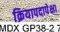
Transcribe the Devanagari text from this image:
क्रियापदापेक्षा